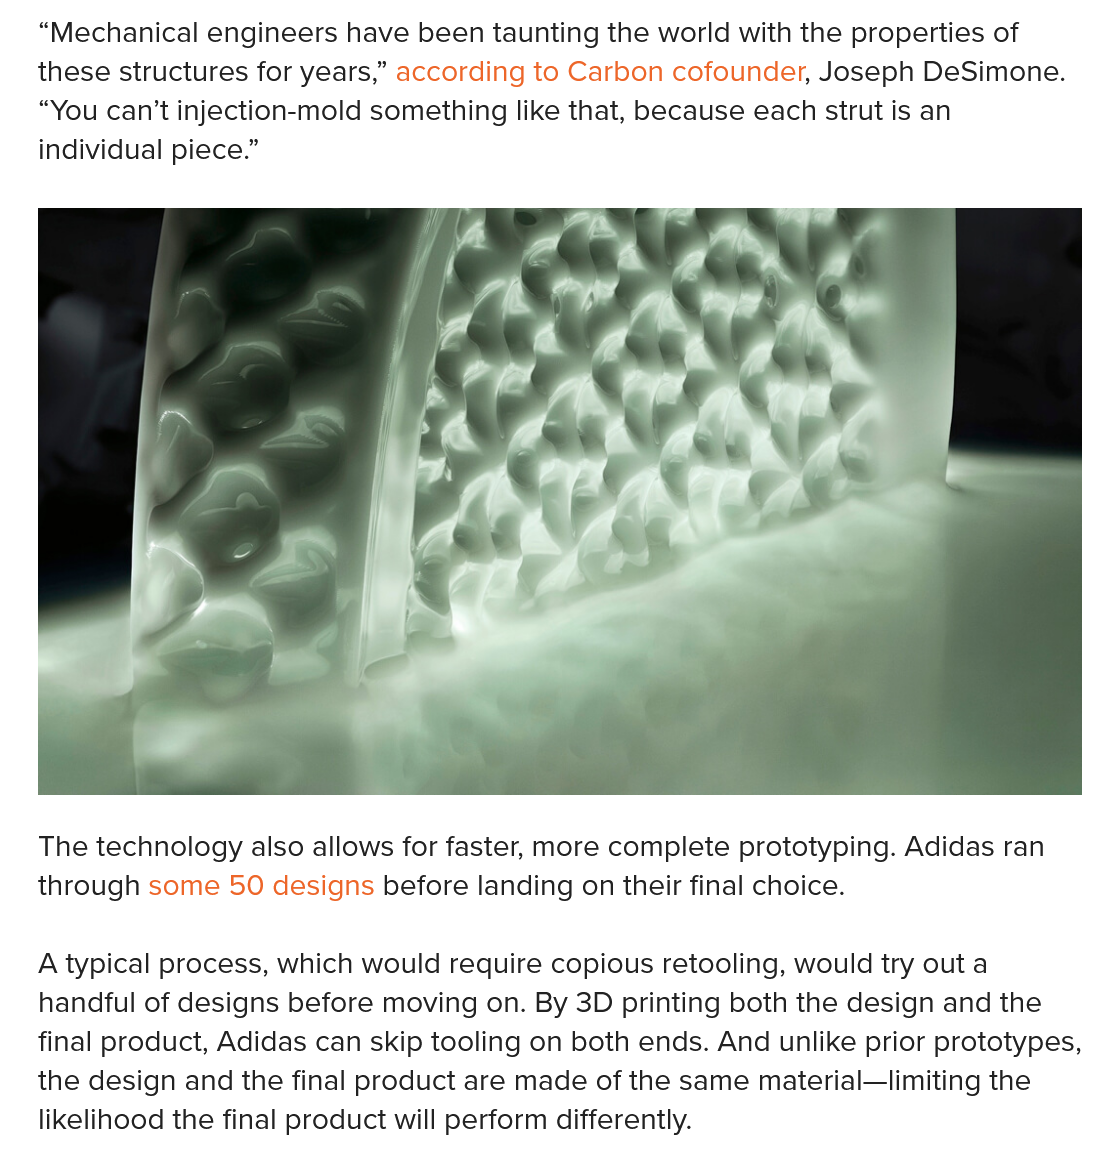
“Mechanical engineers have been taunting the world with the properties of
   these structures for years,” according to Carbon cofounder, Joseph DeSimone.
   “You can’t injection-mold something like that, because each strut is an
   individual piece.”
   The technology also allows for faster, more complete prototyping. Adidas ran
   through some 50 designs before landing on their final choice.
   A typical process, which would require copious retooling, would try out a
   handful of designs before moving on. By 3D printing both the design and the
   final product, Adidas can skip tooling on both ends. And unlike prior prototypes,
   the design and the final product are made of the same material—limiting the
   likelihood the final product will perform differently.